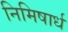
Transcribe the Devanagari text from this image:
निमिषार्ध